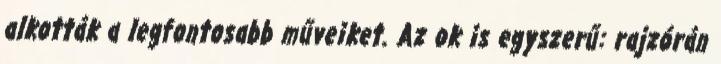
alkották a legfontosabb műveiket. Az ok is egyszerű: rajzórán